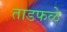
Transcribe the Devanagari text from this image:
ताडफळे